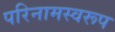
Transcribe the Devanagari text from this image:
परिनामस्वरूप